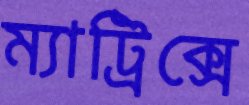
ম্যাট্রিক্সে